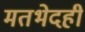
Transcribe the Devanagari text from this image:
मतभेदही